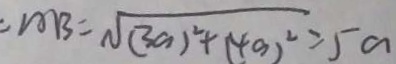
A B = \sqrt { ( 3 a ) ^ { 2 } + ( 4 a ) ^ { 2 } } = 5 a